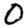
Digit: 0